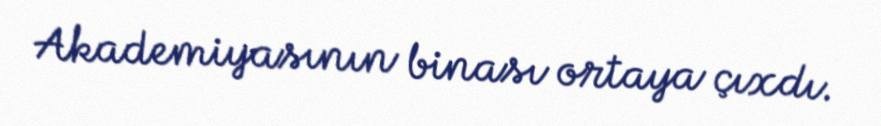
Akademiyasının binası ortaya çıxdı.